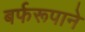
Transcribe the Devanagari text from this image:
बर्फरूपाने